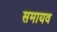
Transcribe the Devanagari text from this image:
समायव